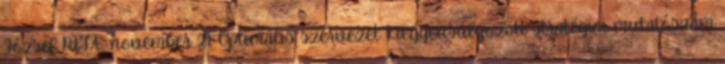
József MTA, november 21. Optimális szervezet Kiegyensúlyozott stratégiai mutatószám